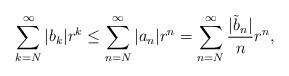
LaTeX: \begin{align*}\sum_{k=N}^{\infty}|b_k| r^k \leq \sum_{n=N}^{\infty} |a_n|r^n = \sum_{n=N}^{\infty} \frac{|\tilde{b}_n|}{n} r^n,\end{align*}